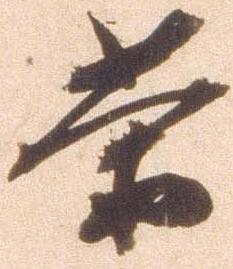
茶